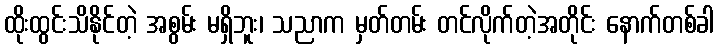
ထိုးထွင်းသိနိုင်တဲ့ အစွမ်း မရှိဘူး၊ သညာက မှတ်တမ်း တင်လိုက်တဲ့အတိုင်း နောက်တစ်ခါ